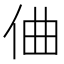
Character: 㑋